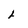
Character: L